Vaccination in Burma 1889-1999 - 1889-1999
Year: 1889
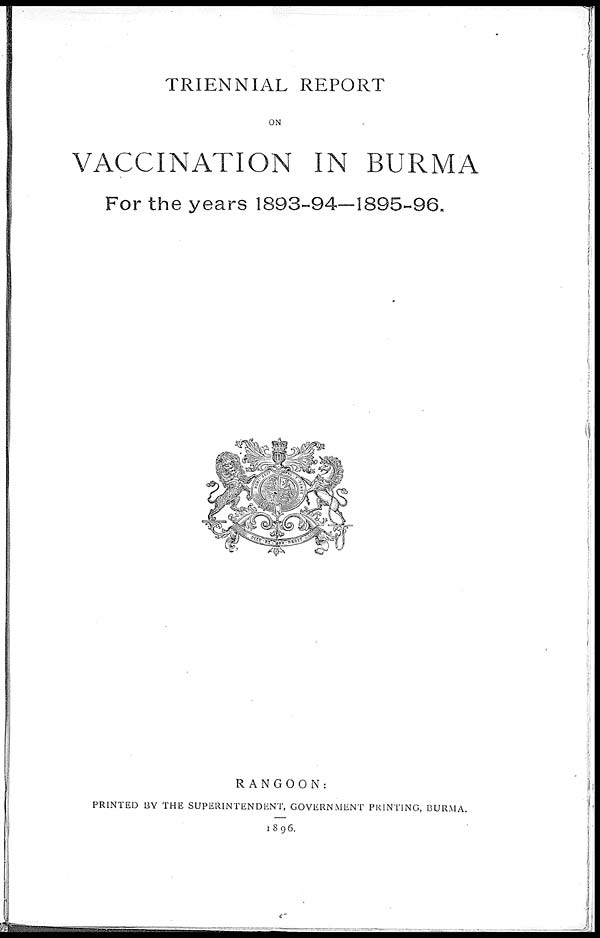
TRIENNIAL REPORT
ON
VACCINATION IN BURMA
For the years 1893-94—1895-96.
RANGOON:
PRINTED BY THE SUPERINTENDENT, GOVERNMENT PRINTING, BURMA.
1896.